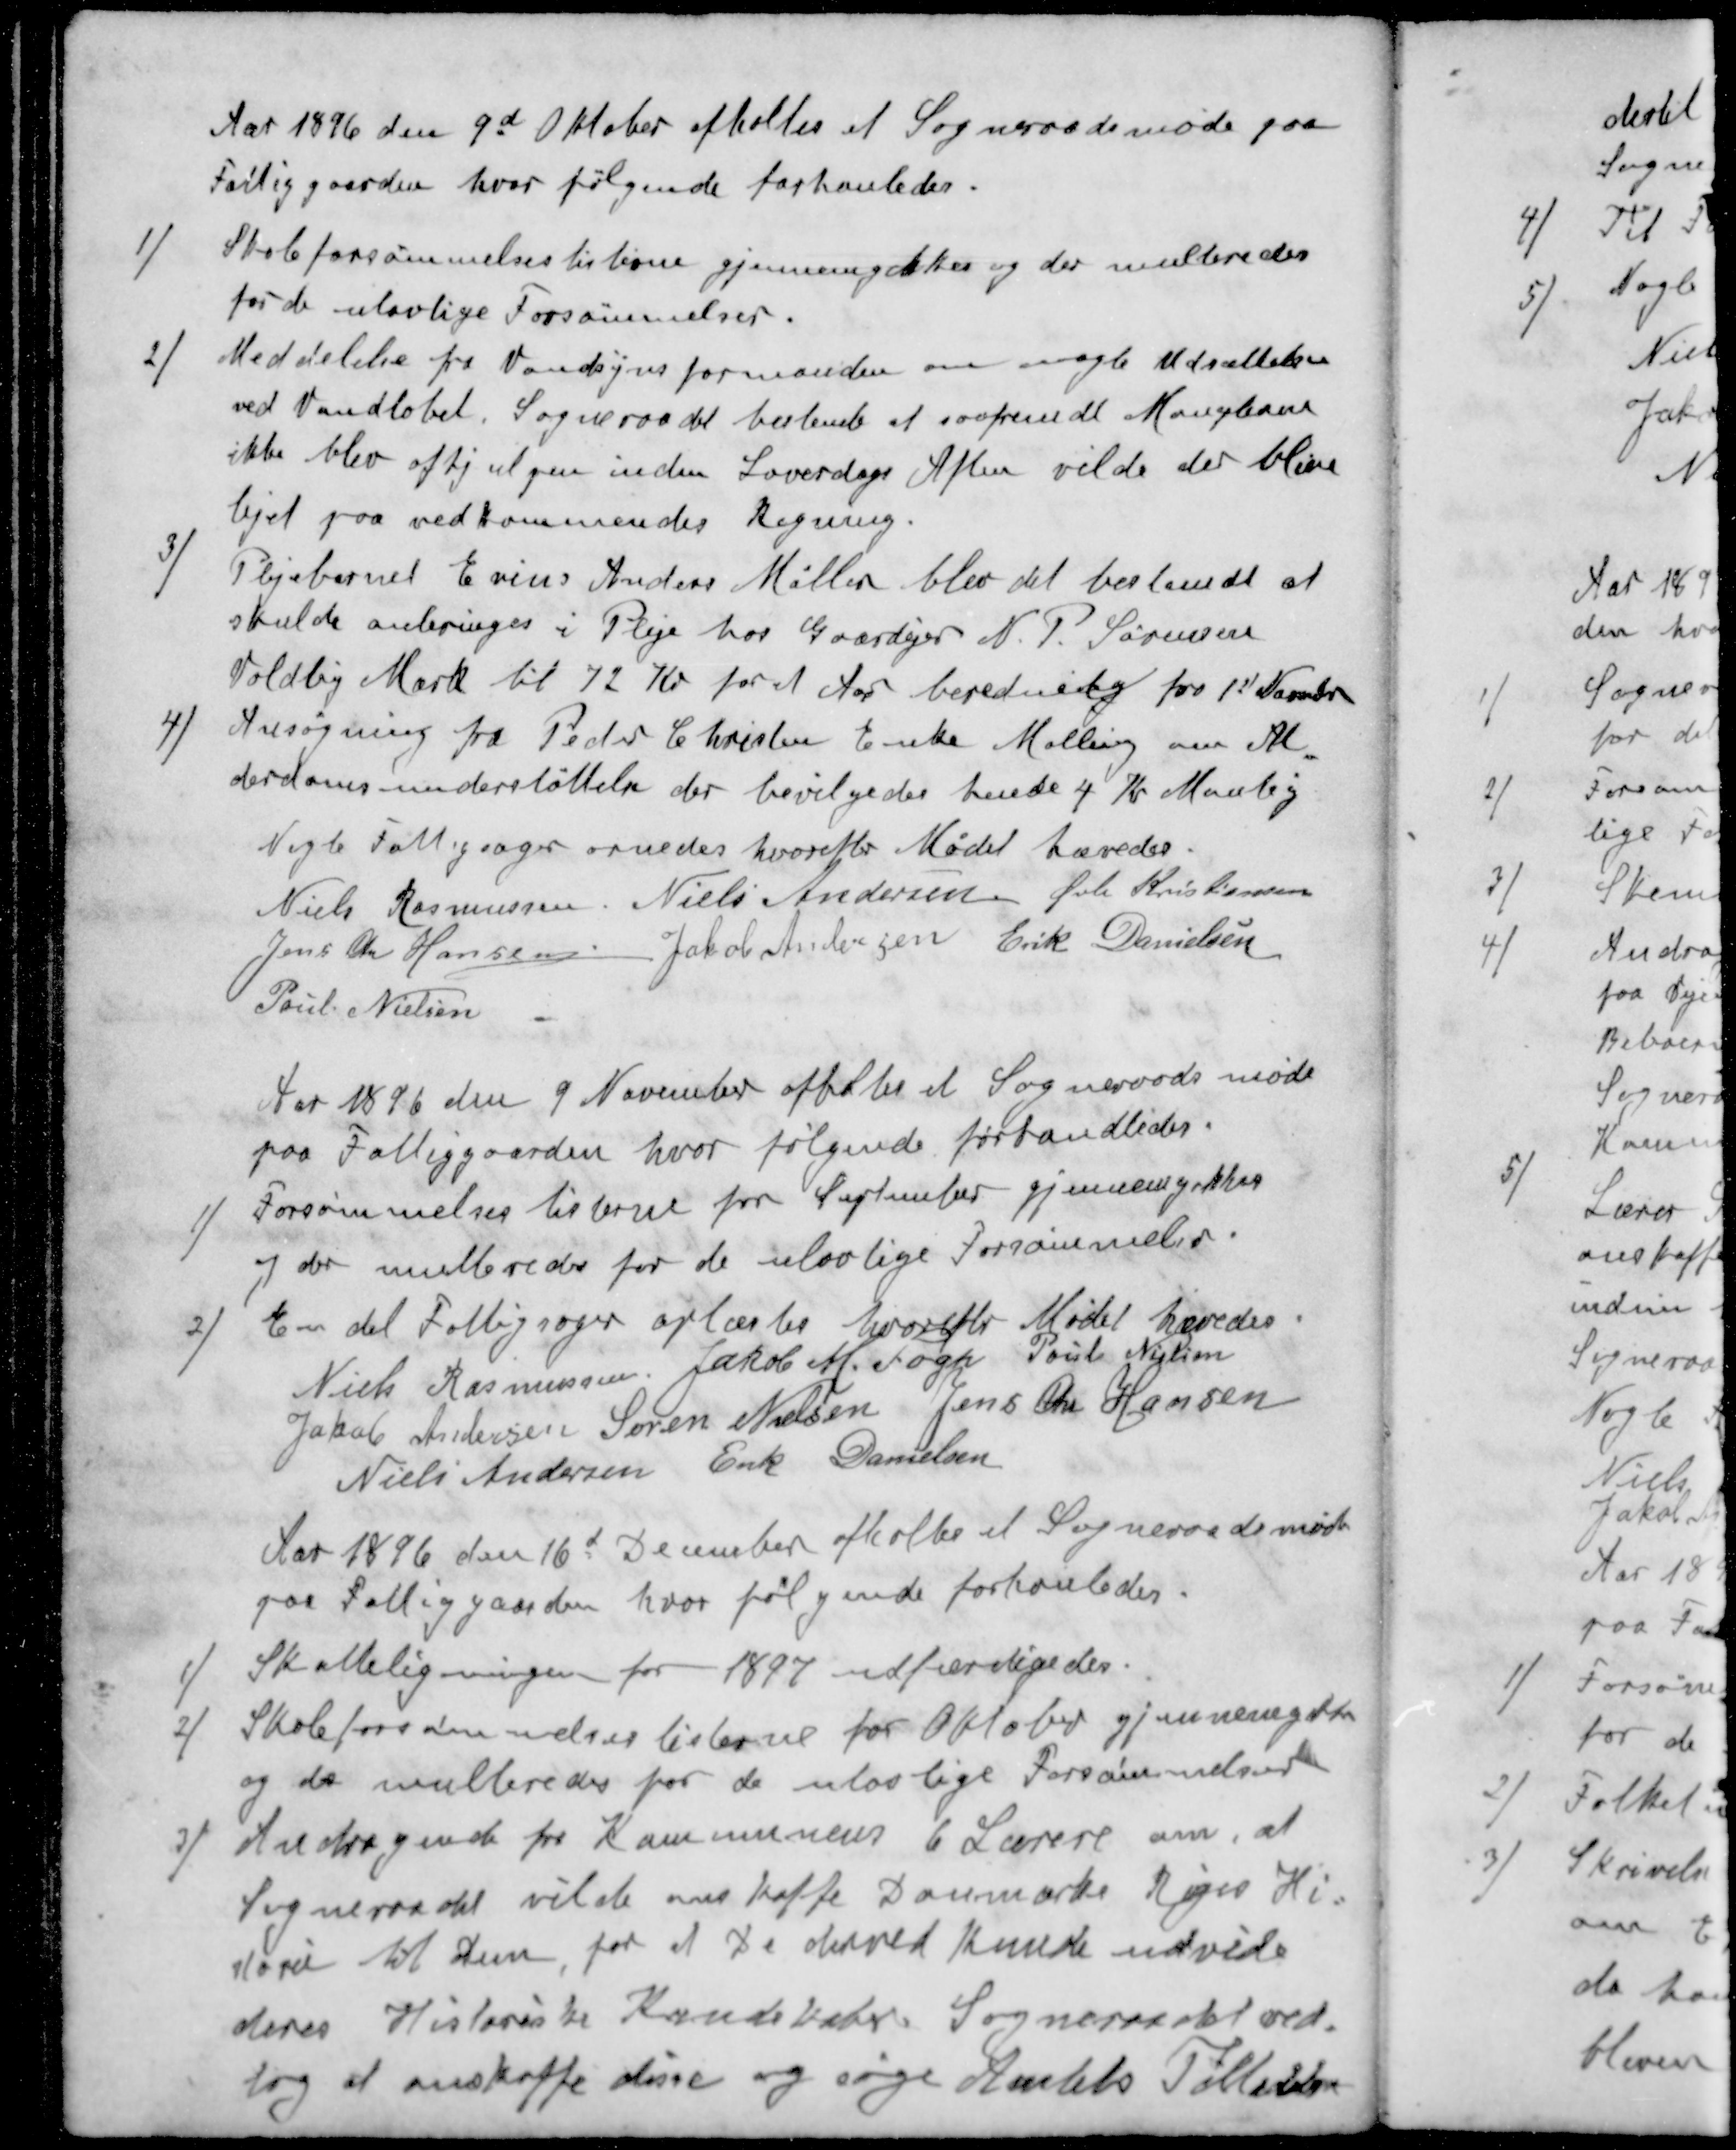
Transskription:
Aar 1896 den 9d Oktober afholtes et Sogneraadsmøde paa
Fattiggaarden hvor følgende forhanledes.
1 ) Skoleforsømmelseslisterne gjennemgikkes og der multeredes
for de ulovlige Forsømmelser.
2 ) Meddelelse fra Vandsynsformanden om nogle Udsættelse
ved Vandløbet. Sogneraadet bestemt at saafremdt Manglerne
ikke blev afhjulpen inden Loverdags Aften vilde der blive
lejet paa vedkommendes Regning.
3 ) Plejebarnet Evins Anders Møller blev det bestemdt at
skulde anbringes i Pleje hos Gaardejer N. P. Sørensen
Voldlby Mark til 72 Kr for et Aar beredning fra 1st Novbr
4 ) Ansøgning fra Peder Christen Enke Malling om Al-
derdomsunderstøttelse der bevilgedes hende 4 Kr Manlig
Nogle Fattigsager ornedes hvorefter Mødet hævedes.
Niels Rasmussen
Niels Andersen 
Øvli Kristiansen
Jens Chr Hansen
Jakob Andersen
Erik Danielsen
Poul Nielsen
Aar 1896 den 9 November afholtes et Sogneraadsmøde
paa Fattiggaarden, hvor følgende forhandledes.
1 ) Forsømmelseslisterne for September gjennemgikkes
af der multeredes for de ulovlige Forsømmelse.
2 ) En del Fattigsager oplæstes hvorefter Mødet hævedes
Niels Rasmussen
Jakob M. Fogh
Poul Nielsen
Jakob Andersen
Søren Nielsen
Jens Chr Hansen
Niels Andersen
Erik Danielsen
Aar 1896 den 16d December afholtes et Sogneraadsmøde
paa Fattiggaarden, hvor følgende forhanledes.
1 ) Skatteligningen for 1897 udfærdigedes.
2 ) Skoleforsømmelseslisterne for Oktober gjennemgaaet
og de multeredes for de ulovlige Forsømmelser
3 ) Andragende for Kommunens 6 Lærere om, at
Sogneraadet vilde omskaffe Danmarke Riges Hi-
storie til dem for at de derved kunde udvide
deres Historiske Kundskaber. Sogneraadet ved-
tog at anskaffe disse og søge Amtets Tilladelse